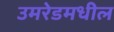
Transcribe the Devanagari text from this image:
उमरेडमधील